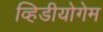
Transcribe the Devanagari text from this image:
व्हिडीयोगेम